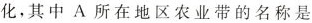
化，其中A所在地区农业带的名称是